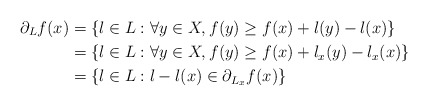
\begin{align*} \partial_L f(x) &= \{l\in L: \forall y\in X, f(y) \geq f(x) + l(y)-l(x)\}\\ &= \{l\in L: \forall y\in X, f(y) \geq f(x) + l_x(y)-l_x(x)\}\\ &= \{l\in L: l-l(x) \in \partial_{L_x} f(x)\}\end{align*}